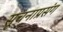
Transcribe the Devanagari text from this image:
सूचनाप्रसंग